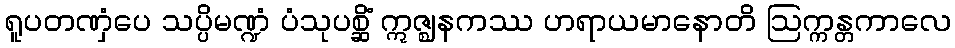
ရူပတဏှံပေ သပ္ပိမဏ္ဍံ ပံသုပစ္ဆိံ ဣဇ္ဈနကဿ ဟရာယမာနောတိ ဩက္ကန္တကာလေ